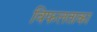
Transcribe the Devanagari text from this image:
विफलताका